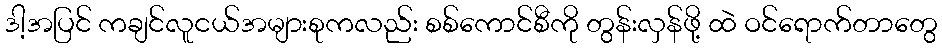
ဒါ့အပြင် ကချင်လူငယ်အများစုကလည်း စစ်ကောင်စီကို တွန်းလှန်ဖို့ ထဲ ဝင်ရောက်တာတွေ